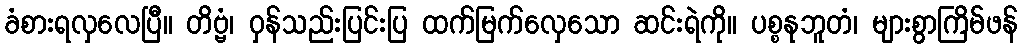
ခံစားရလှလေပြီ။ တိဗ္ဗံ၊ ဝှန်သည်းပြင်းပြ ထက်မြက်လှေသော ဆင်းရဲကို။ ပစ္စနုဘူတံ၊ များစွာကြိမ်ဖန်